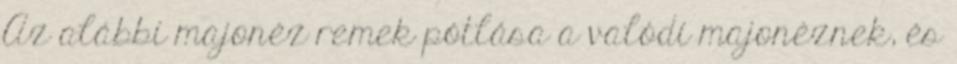
Az alábbi majonéz remek pótlása a valódi majonéznek, és